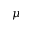
\mu